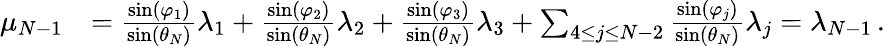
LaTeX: \begin{array}{rl}{\mu_{N-1}}&{={\frac{\sin(\varphi_{1})}{\sin(\theta_{N})}}\lambda_{1}+{\frac{\sin(\varphi_{2})}{\sin(\theta_{N})}}\lambda_{2}+{\frac{\sin(\varphi_{3})}{\sin(\theta_{N})}}\lambda_{3}+\sum_{4\leq j\leq N-2}{\frac{\sin(\varphi_{j})}{\sin(\theta_{N})}}\lambda_{j}=\lambda_{N-1}\, .}\end{array}